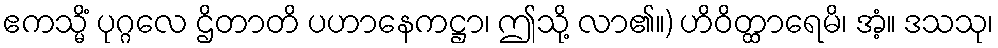
ဧကသ္မိံ ပုဂ္ဂလေ ဌိတာတိ ပဟာနေကဋ္ဌာ၊ ဤသို့ လာ၏။) ဟိဝိတ္ထာရေမိ၊ အံ့။ ဒသသု၊